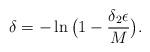
LaTeX: \begin{align*}\delta=-\ln\big(1-\frac{\delta_2\epsilon}{M}\big).\end{align*}